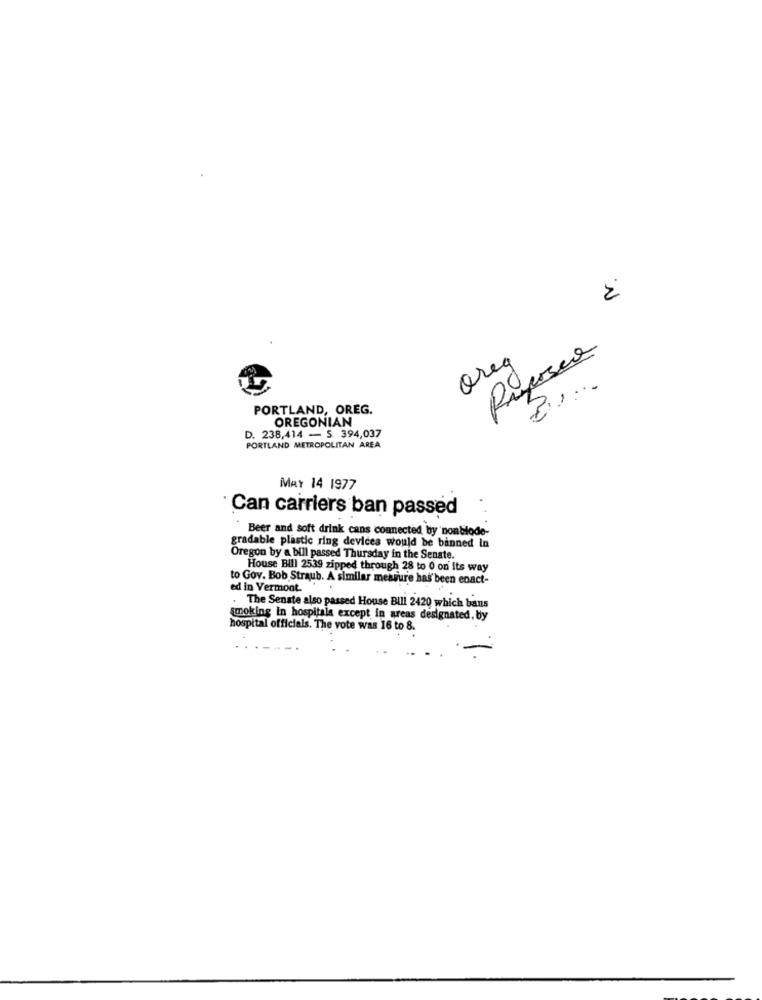
orea
PORTLAND, OREG.
OREGONIAN
D. 238,414 - S 394,037
PORTLAND METROPOLITAN AREA
MAY 14 1977
Can carriers ban passed
Beer and soft drink cans connected by nonblode-
gradable plastic ring devices would be banned In
Oregon by a bill passed Thursday in the Senate.
House Bill 2539 zipped through 28 to 0 on its way
to Gov. Bob Straub. A similar measure has been enact-
ed in Vermont.
. The Senate also passed House Bill 2420 which bans
smoking in hospitals except in areas designated, by
hospital officials. The vote was 16 to 8.